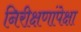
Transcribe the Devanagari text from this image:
निरीक्षणांपेक्षा